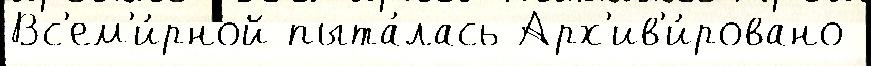
Вс'ем'и́рной пыта́лась Арх'ив'и́ровано